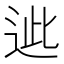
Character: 𨒤